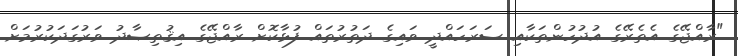
"ރާއްޖޭގެ އެތެރޭގެ އުދުހުންތަކާއި ސަރަހައްދީ ވައިގެ ދަތުރުތައް ފުޅާކޮށް ރާއްޖޭގެ އިޤުތިޞާދު ވަރުގަދަކުރުމަށް